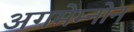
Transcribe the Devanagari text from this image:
अगमेम्नोन